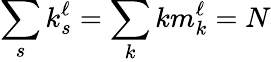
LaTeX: \sum_{s}k_{s}^{\ell}=\sum_{k}km_{k}^{\ell}=N